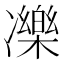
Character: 𠘙